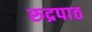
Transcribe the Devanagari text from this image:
रुद्रपाठ